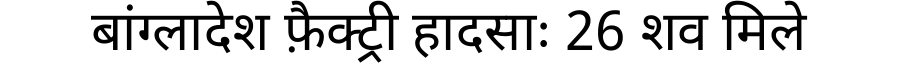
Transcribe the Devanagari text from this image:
बांग्लादेश फ़ैक्ट्री हादसाः 26 शव मिले